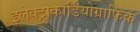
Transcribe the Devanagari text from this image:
इलेक्ट्रोकार्डियोग्राफिक